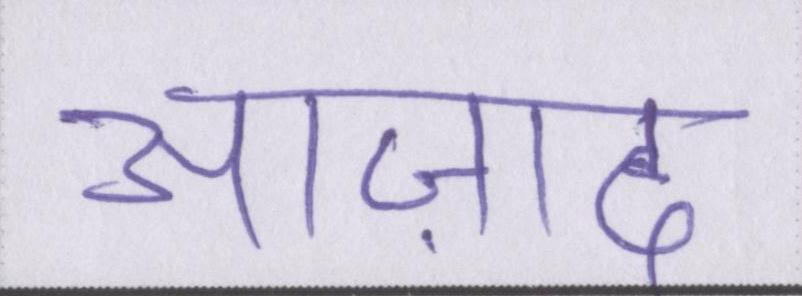
आज़ाद